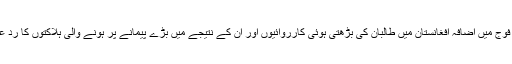
امریکی فوج میں اضافہ افغانستان میں طالبان کی بڑھتی ہوئی کارروائیوں اور ان کے نتیجے میں بڑے پیمانے پر ہونے والی ہلاکتوں کا ردِ عمل ہے۔